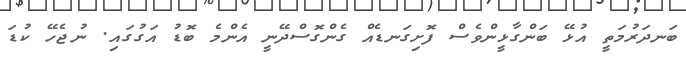
ބަނދަރުމަތީ އުޅޭ ބަންގާޅީންވެސް ފޮށިގަނޑެއް ގެންގޮސްދޭނީ އެންމެ ބޮޑު އަގުގައި. ނުޖެހޭ ކުޑަ